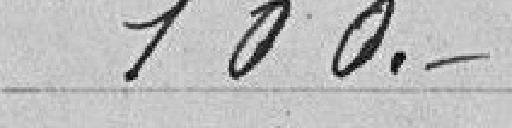
100 francs